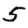
Digit: 5